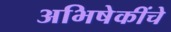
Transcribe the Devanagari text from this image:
अभिषेकींचे